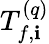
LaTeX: T_{f,\mathbf{i}}^{(q)}